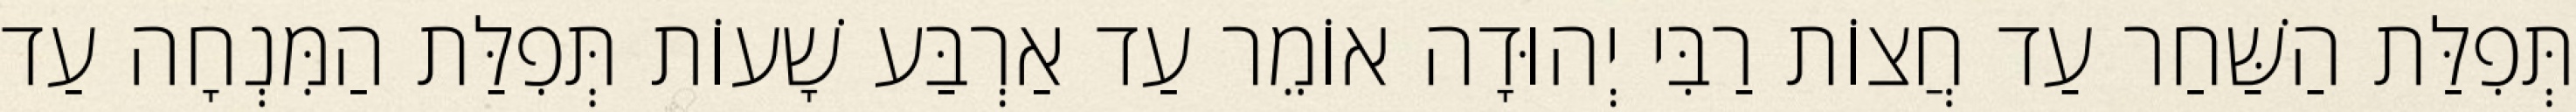
תְּפִלַּת הַשַּׁחַר עַד חֲצוֹת רַבִּי יְהוּדָה אוֹמֵר עַד אַרְבַּע שָׁעוֹת תְּפִלַּת הַמִּנְחָה עַד